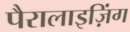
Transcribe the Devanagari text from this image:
पैरालाइज़िंग